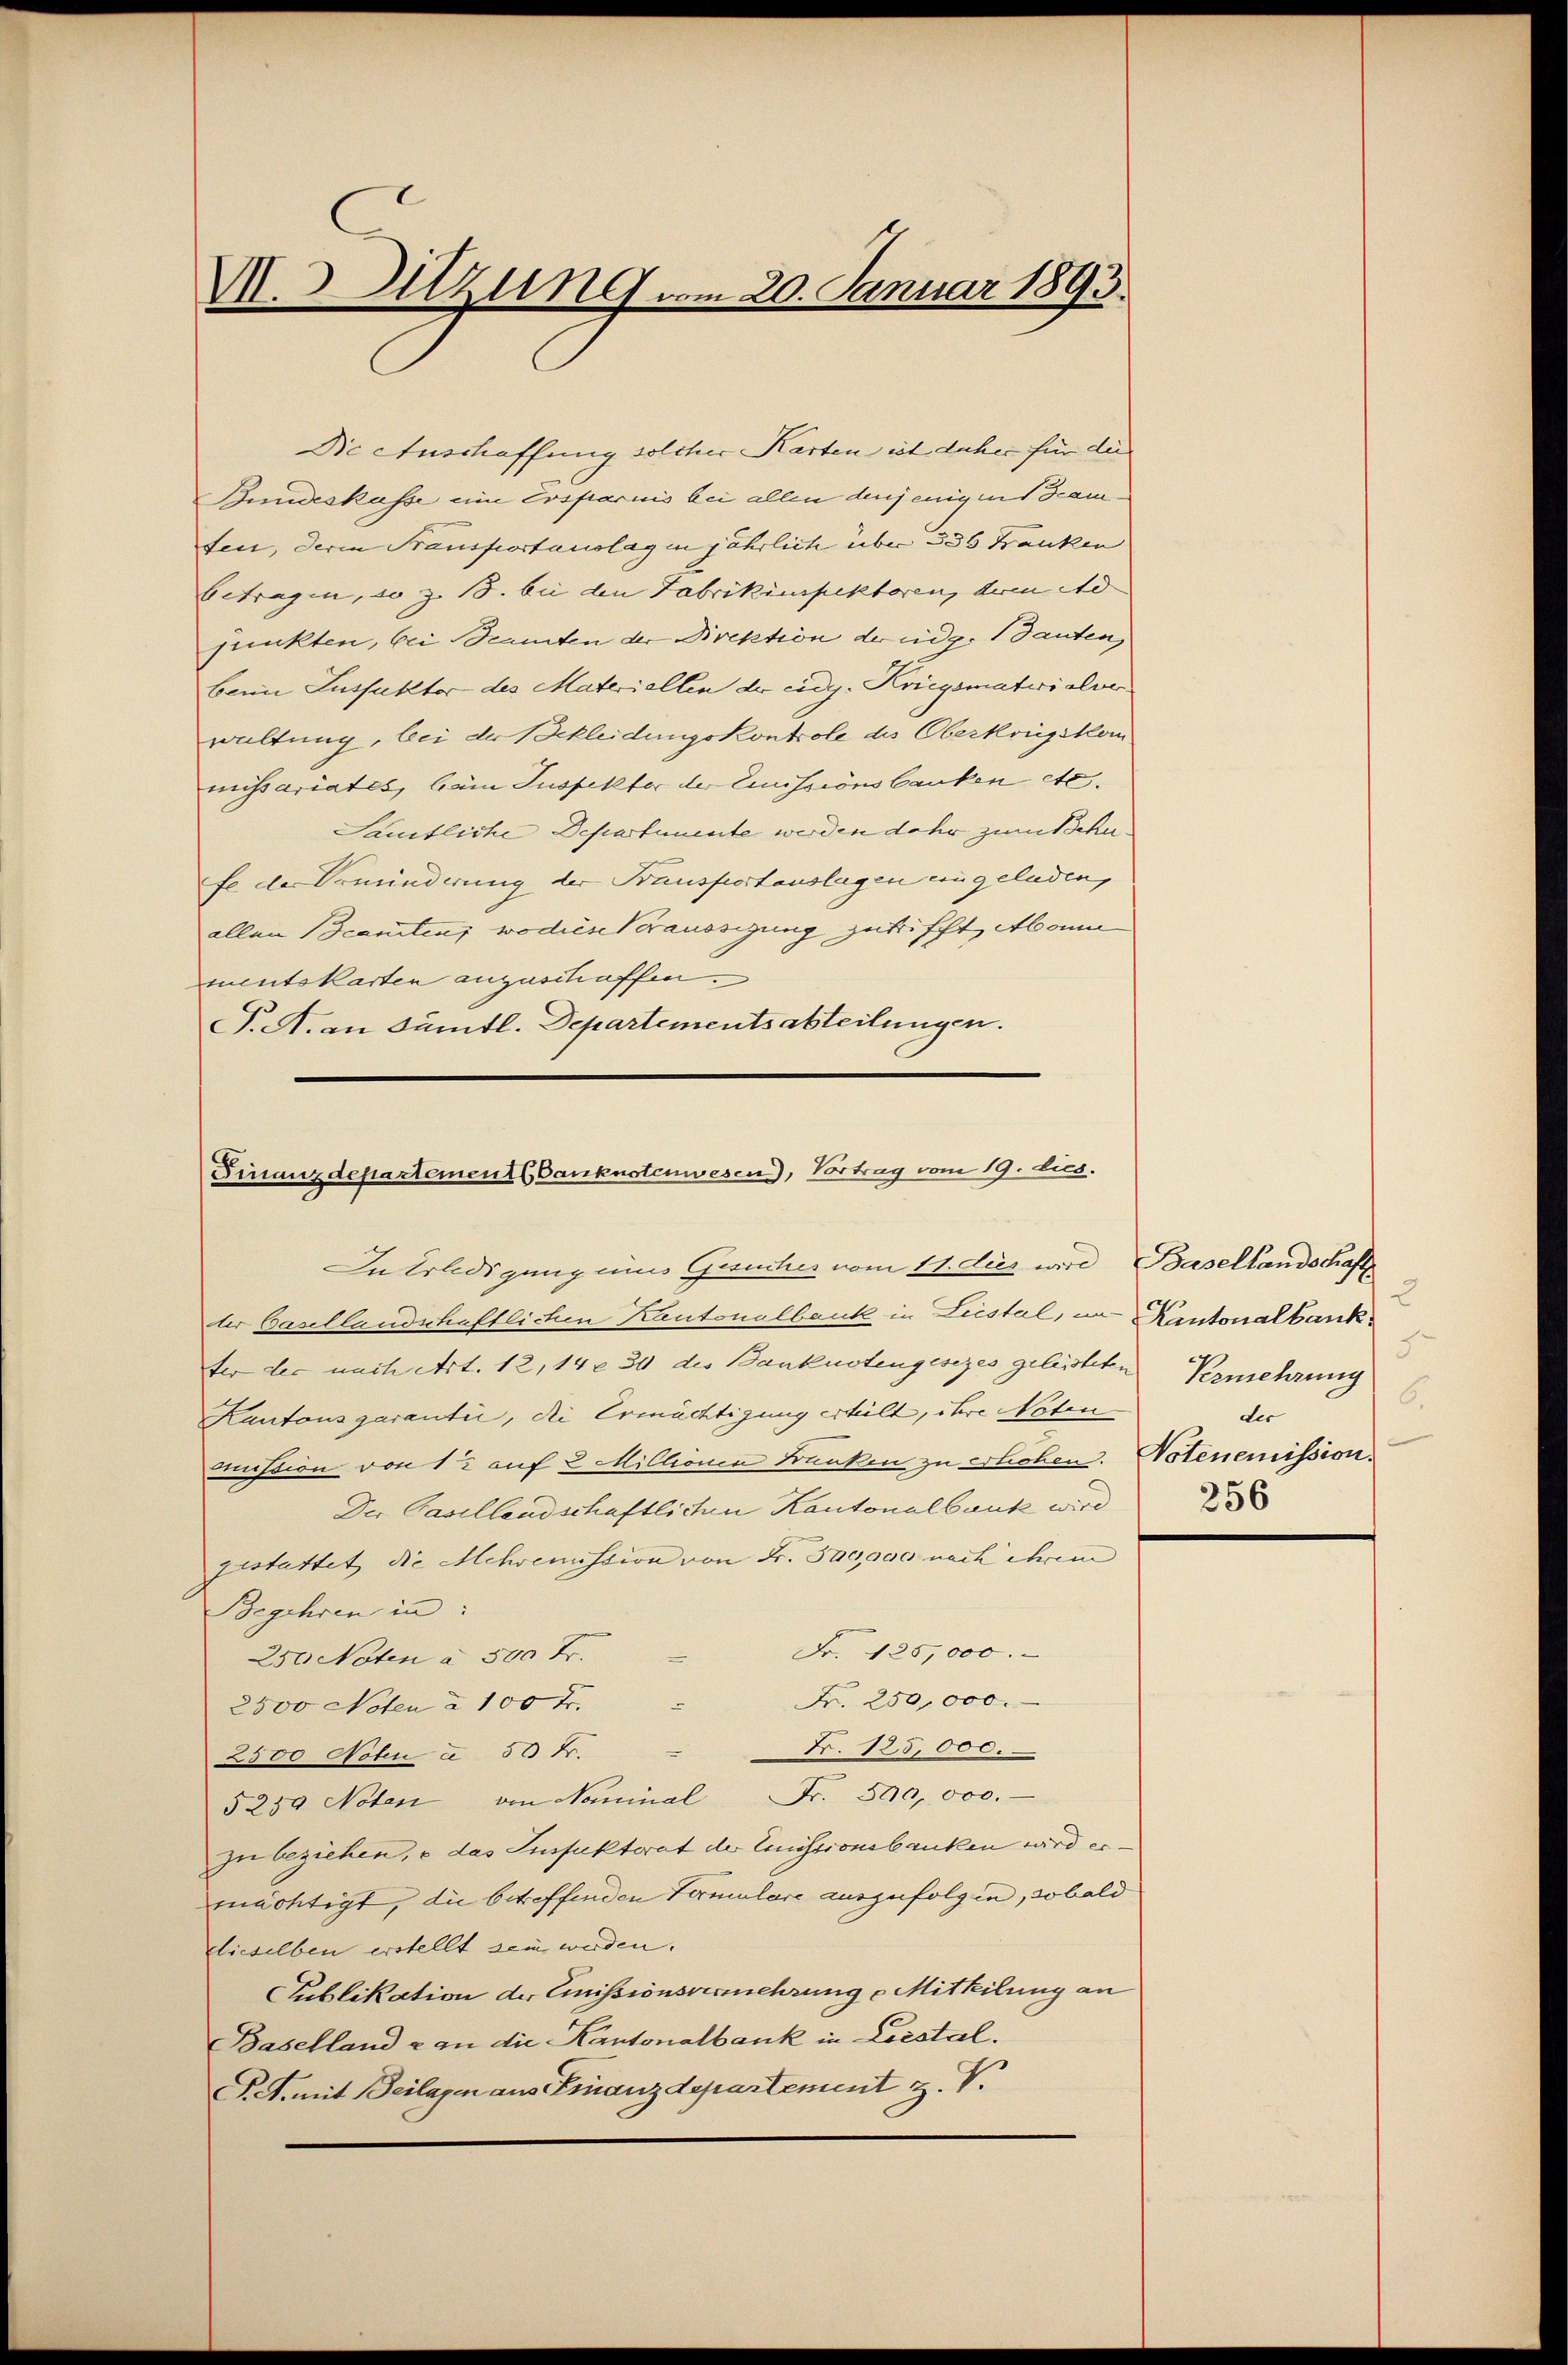
M. Sitzung am 20. Januar 1893.

Die Anschaffung solcher Kasten ist daher für die
Bundeskasse eine Ersparnis bei allen denjenigen Beamfeit, deren Transportauslag in jährlich über 336 Franken
Betragen, so z. 18. bei den Fabrikinspektoren, den d
junkten, bei Beamten der Direktion der eidg. Tanten
bei Lussakter des Materiellen der eidg. Kriegsmaterialver
waltung, bei der Bekleidungskontrole des Oberkongskom
missariates, bein Suspektor der Emissionsbanken etc.
Samtliche Departemente werden daher zum Schu
fe der Erminderung der Fransportauslagen eingeladen,
allen (Scanten, wo diese Kraussizung zutrifft, Abonn
mentskarten anzuschaffen.
P. A. an sämtl. Departementsabteilungen.

Finanzdepartement Banknotenwesen), Vortrag vom 19. dies.
In Erledigung eines Gesuches vom 11. dies wird Basellandschaft

ter Basellandschaftlichen Kantonalbank in Liestal, in Kantonalbank.
ter der nach Art. 12, 14 f 30 des Banknotengesezes geleisteten
Kantonsgarantii, die Ermächtigung erteilt, ihre Noten
mission von 12 auf 2 Millionen Trunken zu haben. Notenemission.
Der Gasellandschaftlichen Kantonalbank wird
gestattet die Mehrenission von Fr. Speise nach ihrem
Begehren in
Fr. 125,000.
250 Noten à 500 Fr.
Fr. 250,000.
2500 Noten à 100 Fr.
Fr. 125,000.
2500 Nohn à 50 Fr.
5259 Noten von Nominal Fr. 500,000.
zu beziehen, u das Insfaktorat der Emissionsbanken wird ermächtigt, die betreffenden Formulare auszufolgen, sobald
dieselben erstellt sein werden.
Publikation der Emissionsvermehrung u Mithilung an
Baselland - an die Kantonalbank in Liestal.
P.A. mit Beilagen aus Finanzdepartement z. V.

3
5
Vermehrung
6.
der